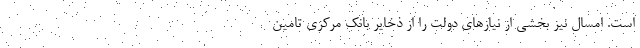
است. امسال نیز بخشی از نیازهای دولت را از ذخایر بانک مرکزی تامین